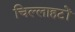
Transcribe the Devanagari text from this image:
चिल्लाहटों